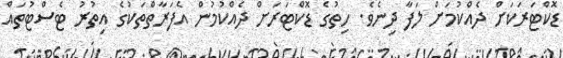
ޑޮކްޓަރަކަށް ދެއްކުމަށް ލަފާ ދިނެވެ. ހިތުގެ ޑޮކްޓަރަށް ދެއްކުމުން އެފަރާތްތަކުގެ އިތުރު ޓެސްޓުތައް